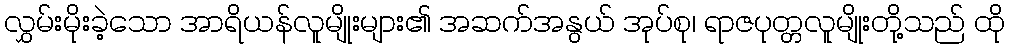
လွှမ်းမိုးခဲ့သော အာရိယန်လူမျိုးများ၏ အဆက်အနွယ် အုပ်စု၊ ရာဇပုတ္တလူမျိုးတို့သည် ထို